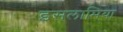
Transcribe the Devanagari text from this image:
इसलामिया